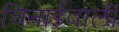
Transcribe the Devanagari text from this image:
चिनाईवालीं